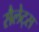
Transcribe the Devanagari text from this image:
सैलेट्स